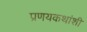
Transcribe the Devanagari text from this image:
प्रणयकथांशी